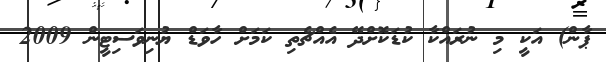
ޕާން) އަކީ މި ނުރައްކާ ކުޑަކޮށްދޭ އެއްޗެތި ކަމަށް ހާވަޑް ޔުނިވަސިޓީން 2009